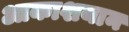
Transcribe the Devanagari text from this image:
आकाशयान